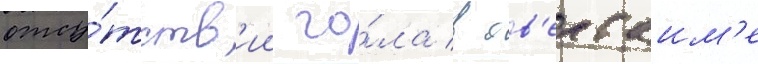
отсу́тств'ии го́ла в ов'ертаим'е